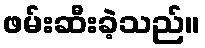
ဖမ်းဆီးခဲ့သည်။